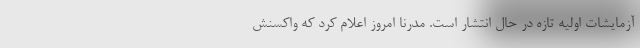
آزمایشات اولیه تازه در حال انتشار است. مدرنا امروز اعلام کرد که واکسنش